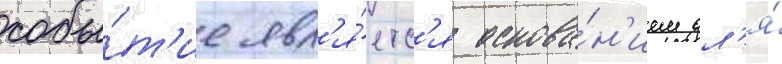
собы́т'ие явл'я́етс'я основа́н'ием дл'я́